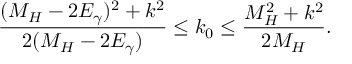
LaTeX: \frac { ( M _ { H } - 2 E _ { \gamma } ) ^ { 2 } + k ^ { 2 } } { 2 ( M _ { H } - 2 E _ { \gamma } ) } \le k _ { 0 } \le \frac { M _ { H } ^ { 2 } + k ^ { 2 } } { 2 M _ { H } } .